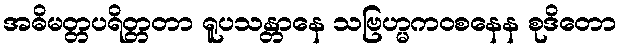
အဓိမတ္တပရိတ္တတာ ရူပသန္တာနေ သဗြဟ္မကဝစနေန စုဒိတော